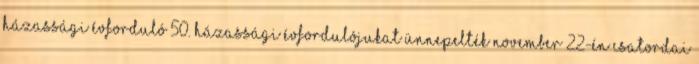
Házassági évforduló 50. Házassági évfordulójukat ünnepelték november 22-én Csatordai